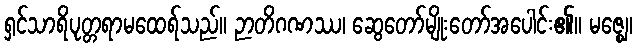
ရှင်သာရိပုတ္တရာမထေရ်သည်။ ဉာတိဂဏဿ၊ ဆွေတော်မျိုးတော်အပေါင်း၏။ မဇ္ဈေ၊